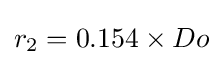
r_{2}=0.154\times Do